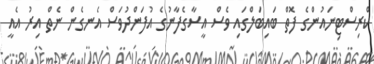
ކްރިސްޓިނައުންގެ ފޮތް ބައިބަލްގައި ވެސް އީސާގެފާނުގެ އުފަންދުވަސް އެނގެން ނެތް އިރު އެއީ